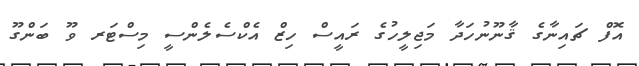
އޮފް ޗައިނާގެ ޤާނޫނުހަދާ މަޖިލީހުގެ ރައީސް ހިޒް އެކްސެލެންސީ މިސްޓަރ ވޫ ބަންގޫ